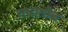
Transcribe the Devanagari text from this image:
संघातीळ